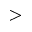
>